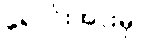
ရောင်းအားမှာ